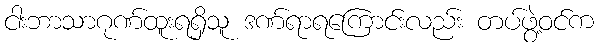
ငါးဘာသာဂုဏ်ထူးရရှိသူ ဒဏ်ရာရကြောင်းလည်း တပ်ဖွဲ့ဝင်က